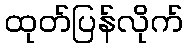
ထုတ်ပြန်လိုက်